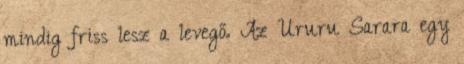
mindig friss lesz a levegő. Az Ururu Sarara egy